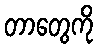
တာတွေကို